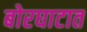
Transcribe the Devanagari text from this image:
बोरघाटात